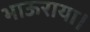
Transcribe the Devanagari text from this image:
भाऊराया।